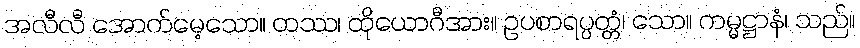
အလီလီ အောက်မေ့သော။ တဿ၊ ထိုယောဂီအား။ ဥပစာရပ္ပတ္တံ၊ သော။ ကမ္မဋ္ဌာနံ၊ သည်။